65_HS1-834228961_62-HQ-83894_Section_9
Agency: FBI
Page 83
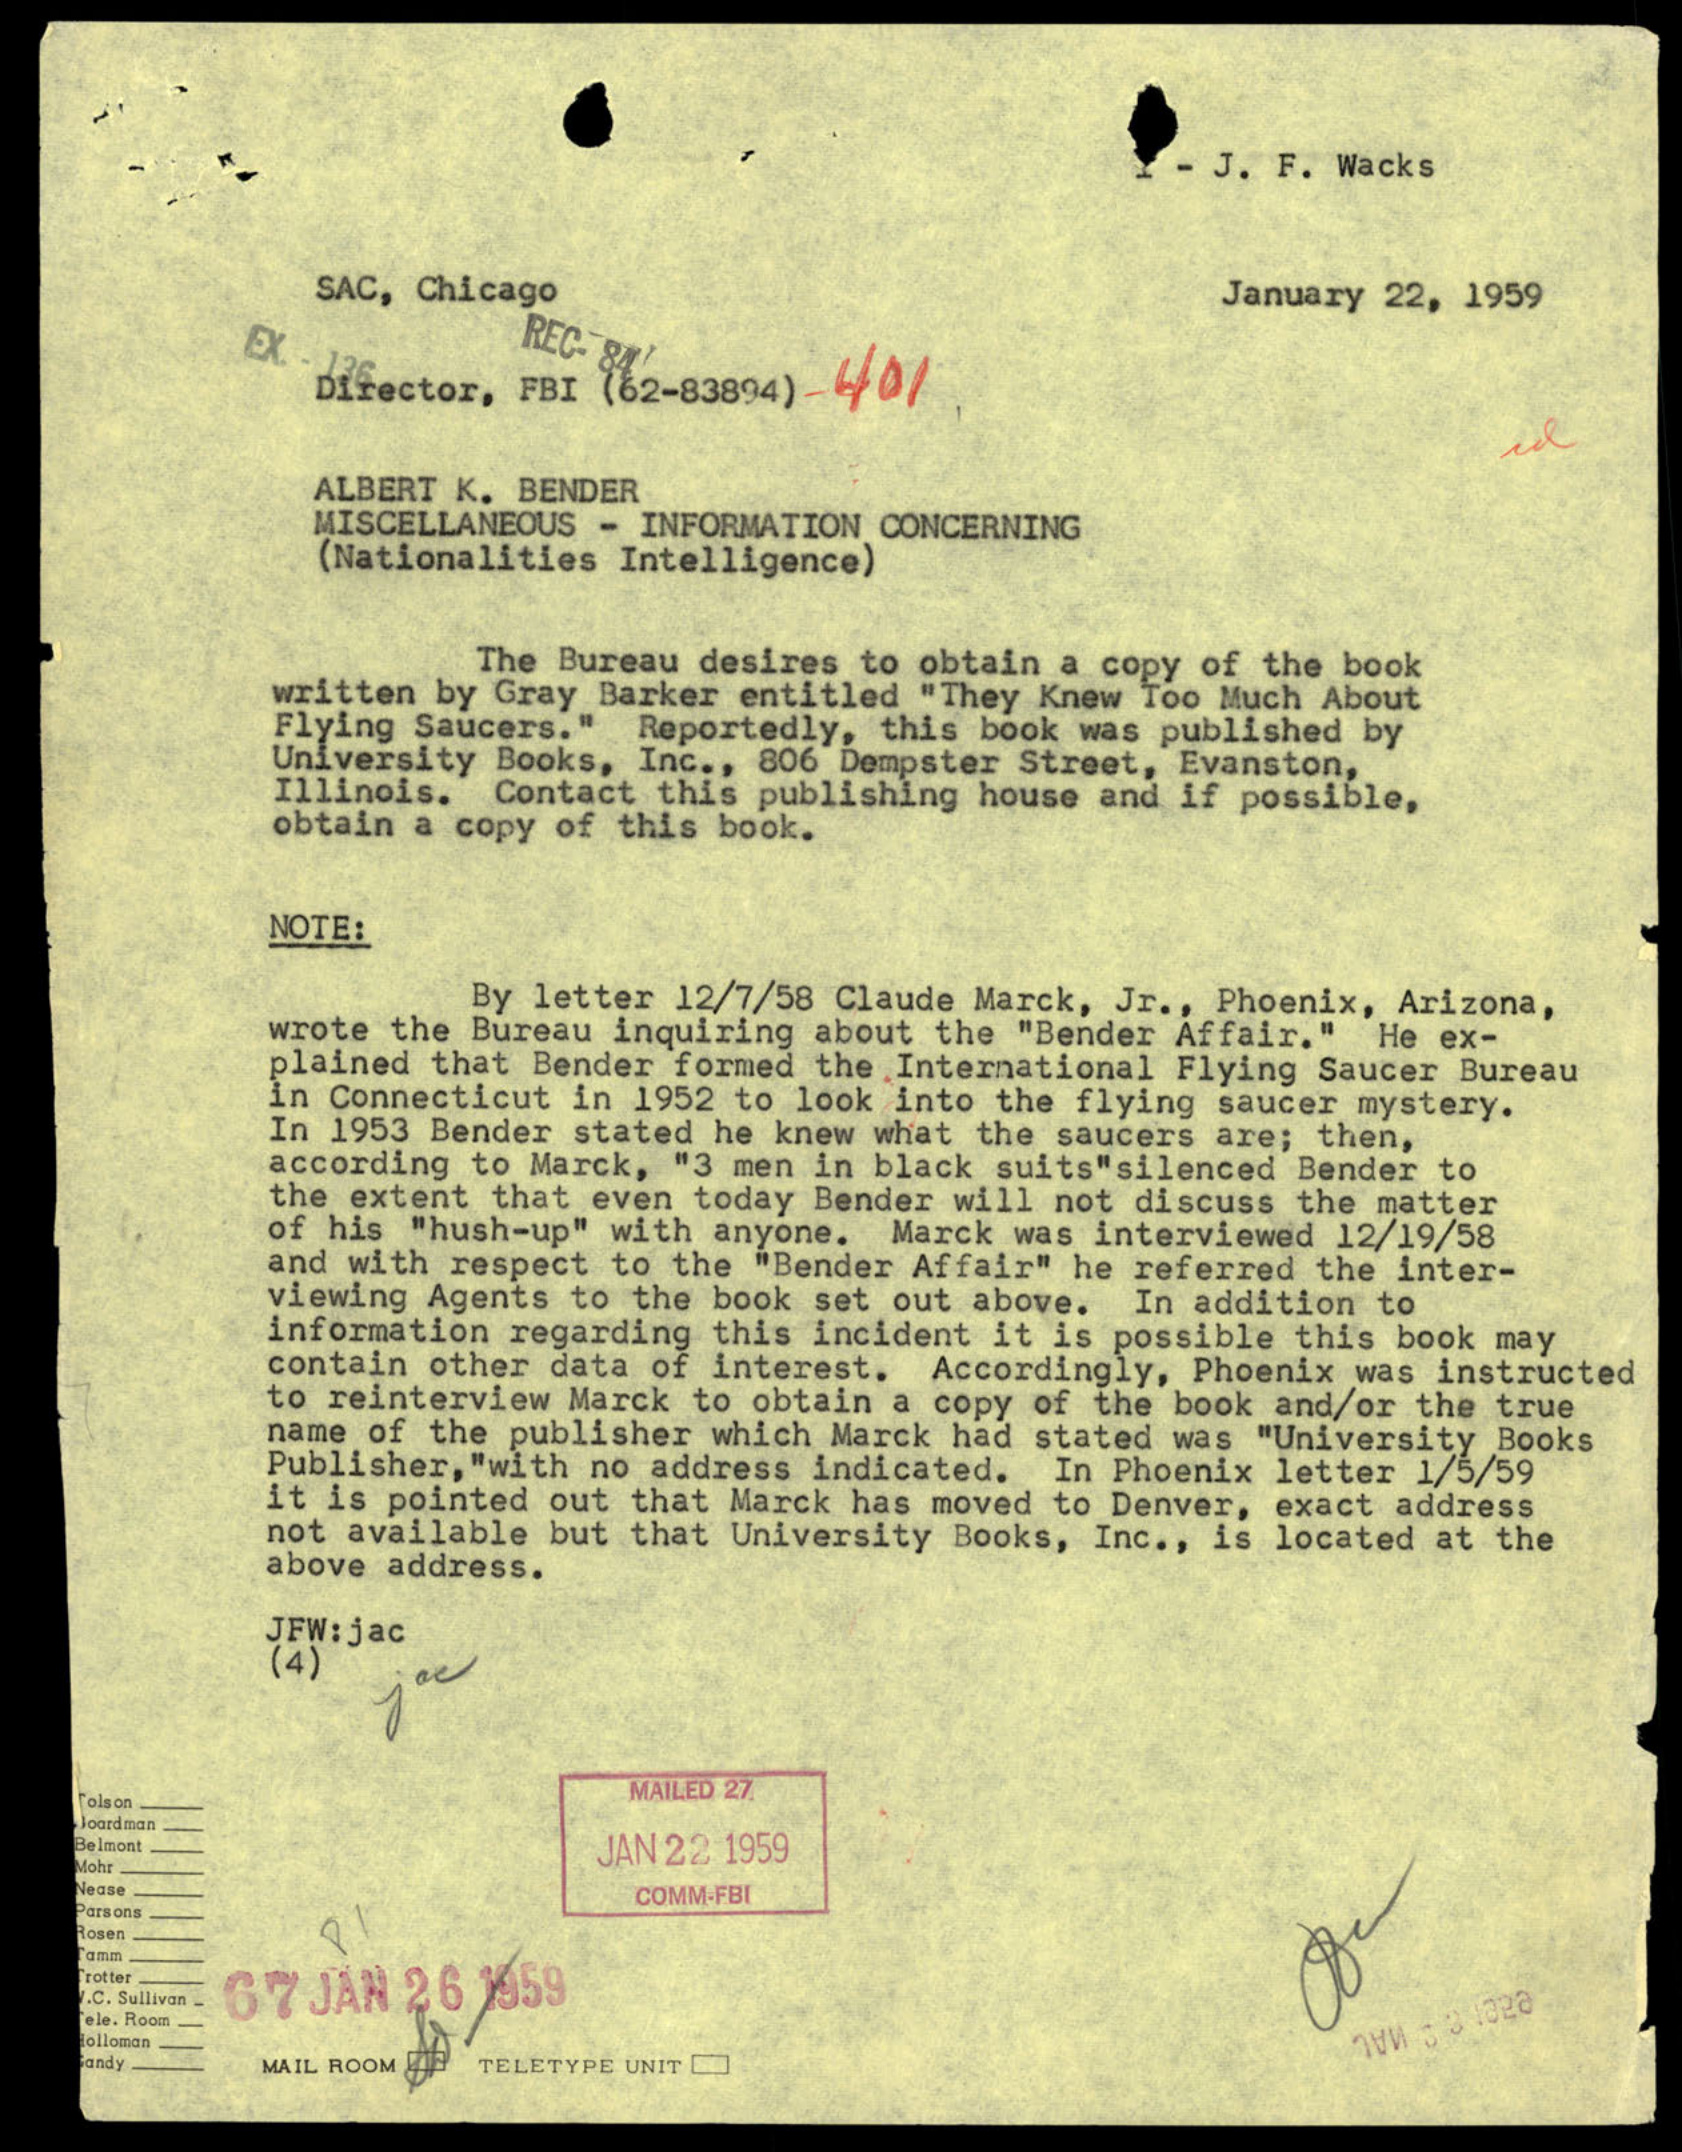